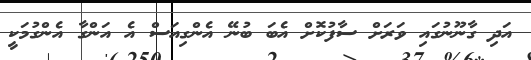
އަދި ގާނޫނުގައި ވަރަށް ސާފުކޮށް އެބަ ބުނޭ އެންގިއަސް އެ އަންގާ އެންގުމަކީ